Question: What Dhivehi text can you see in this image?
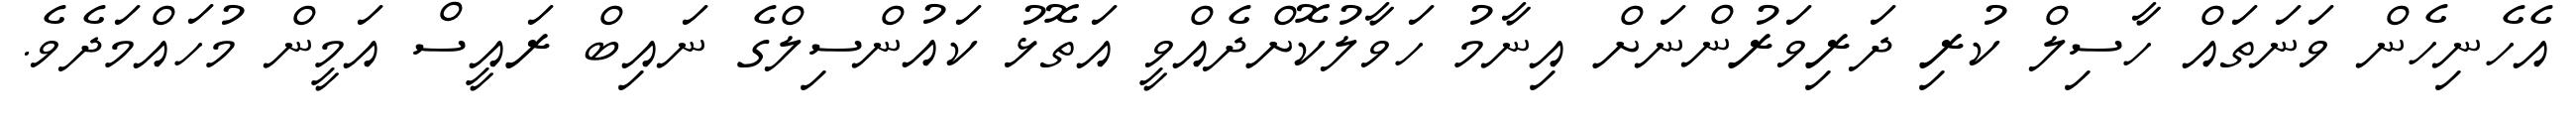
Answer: އެހެނިހެން ވަނަތައް ހާސިލް ކުރި ދަރިވަރުންނަށް އިނާމު ހަވާލުކޮށްދެއްވީ އަތޮޅު ކައުންސިލްގެ ނައިބް ރައީސް އަމީން މުހައްމަދެވެ.